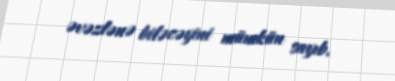
əvəzlənə biləcəyini mümkün sayıb.